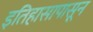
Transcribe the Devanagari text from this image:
इतिहासापासून